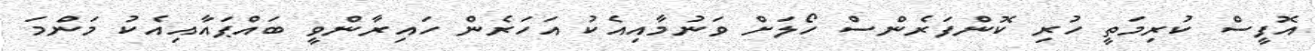
އޮފީސް ކުރިމަތީ ހުރި ކޮންފަރެންސް ހޯލަށް ވަނުމާއިއެކު އަހަރެން ހައިރާންވީ ބައްޕައާއިއެކު މަންމަ